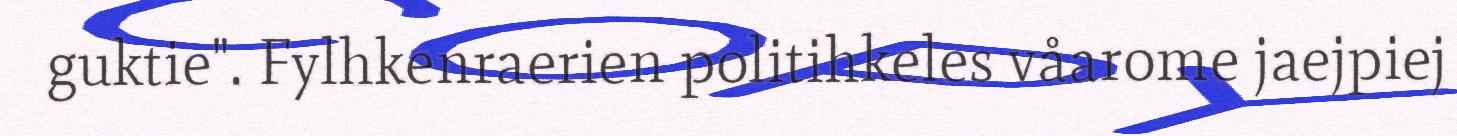
guktie". Fylhkenraerien politihkeles våarome jaejpiej